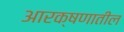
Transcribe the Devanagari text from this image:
आरक्षणातील